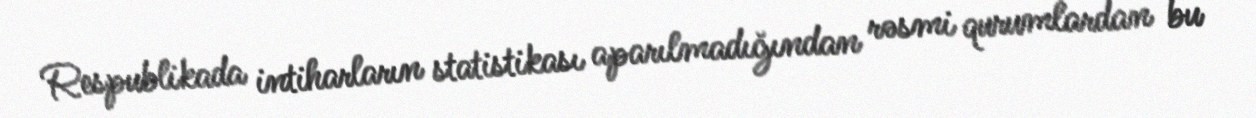
Respublikada intiharların statistikası aparılmadığından rəsmi qurumlardan bu